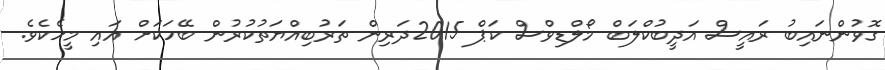
ގޮވުންނައިބު ރައީސް އަދީބުކްލަބް މޯލްޑިވްސް ކަޕް 2015ދަރިން ތަރުބިއްޔަތުކުރުން ބޭހަކަށް އައި މީހެކެވެ.